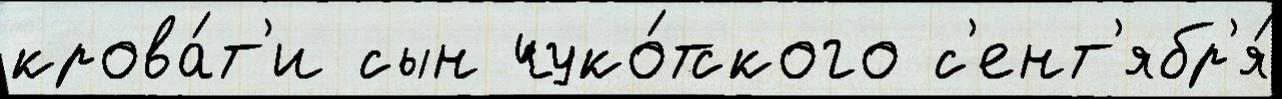
крова́т'и сын чуко́тского с'ент'ябр'я́